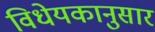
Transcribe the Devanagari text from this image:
विधेयकानुसार